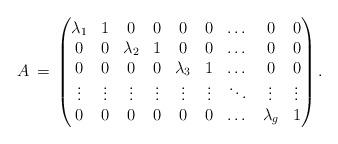
LaTeX: \begin{align*}A \,=\, \begin{pmatrix}\lambda_1 & 1 & 0 & 0 & 0 & 0 & \dots & 0 & 0 \\0 & 0 & \lambda_2 & 1 & 0 & 0 & \dots & 0 & 0\\0 & 0 & 0 & 0 & \lambda_3 & 1 & \dots & 0 & 0\\\vdots & \vdots & \vdots & \vdots & \vdots & \vdots & \ddots & \vdots & \vdots \\0 & 0 & 0 & 0 & 0 & 0 & \dots & \lambda_g & 1\\\end{pmatrix}.\end{align*}